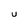
Character: U